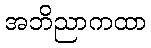
အဘိညာကထာ